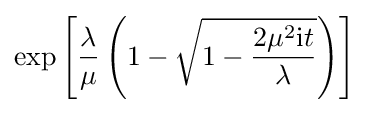
\exp \left[{{\frac {\lambda }{\mu }}\left(1-{\sqrt {1-{\frac {2\mu ^{2}\mathrm {i} t}{\lambda }}}}\right)}\right]